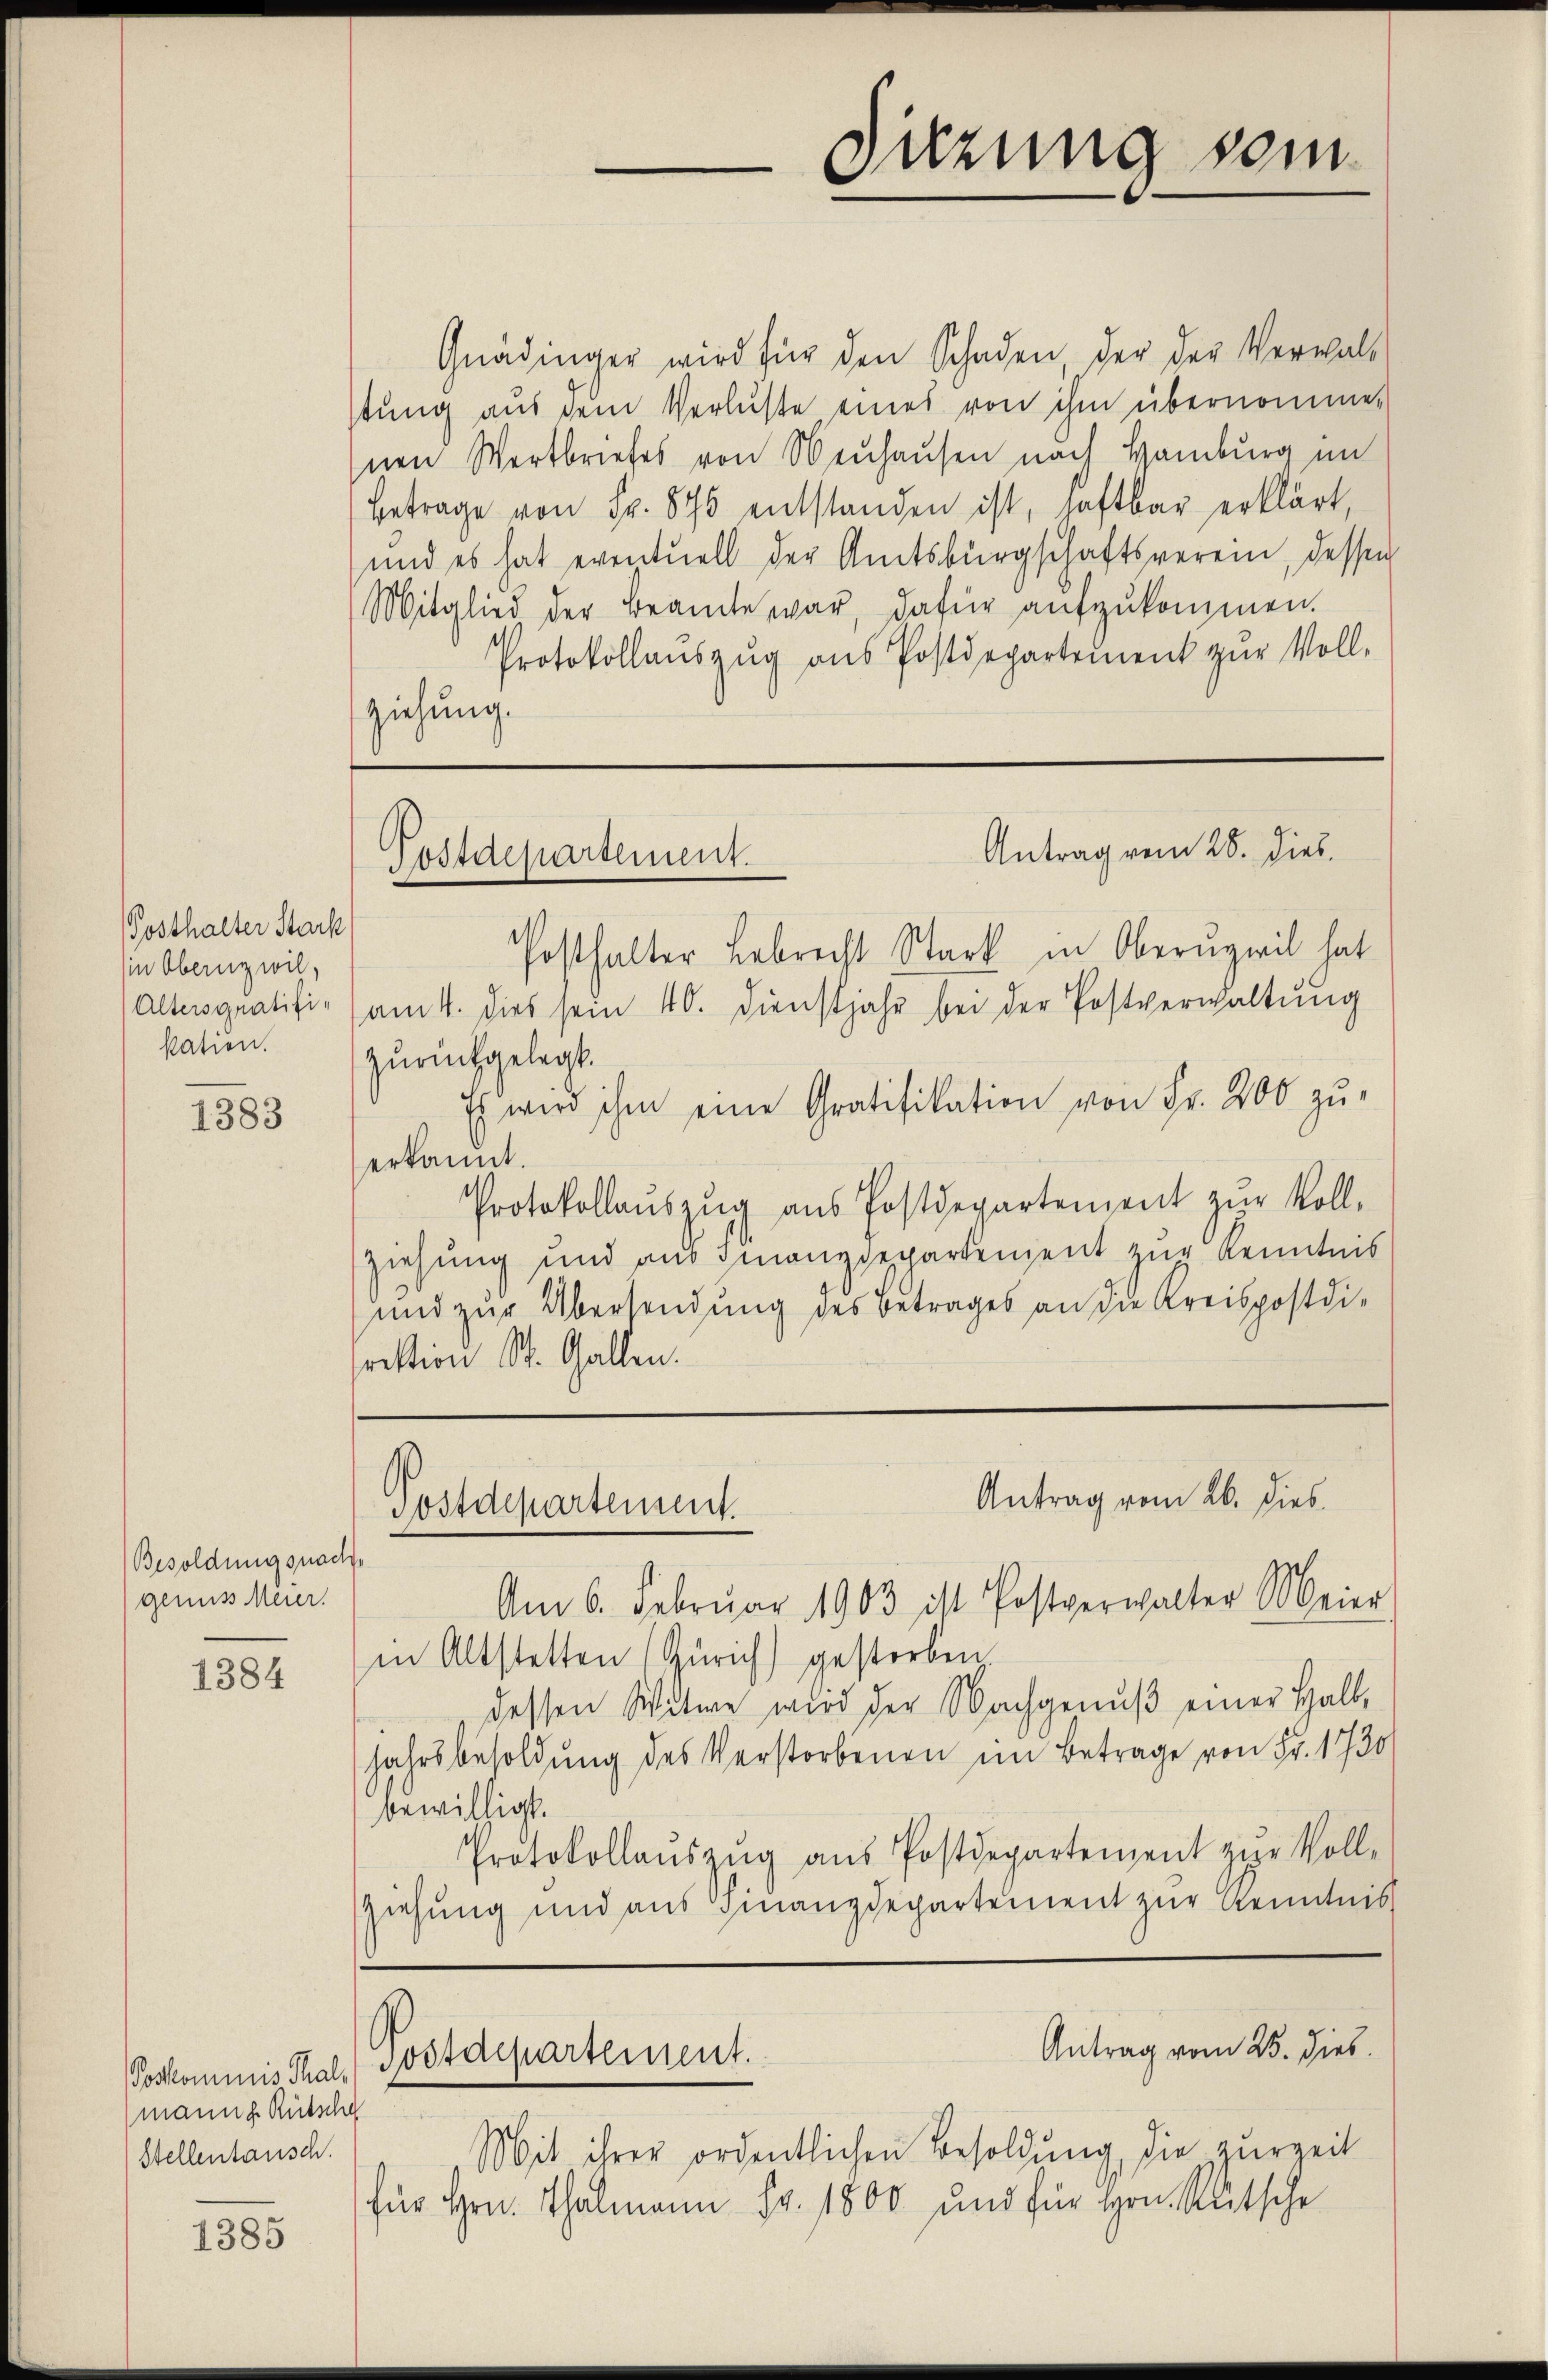
Suzung vom

Gnädinger wird für den Schaden, der der Verwalt
stung aus dem Verluste eines von ihm übernommen
nen Wertbriefes von Neuhausen nach Hamburg im
Betrage von Fr. 870 entstanden ist, haftbar erklärt,
und es hat eventuell der Amtsbürgschaftsverein, dessen
Mitglied der Beamte war, dafür aŭfzŭkommen.
Protokollaŭszŭg ans Postdepartement zŭr Voll-
ziehung.

Antrag vom 28. Dies
Postdepartement.

Posthalter Lebrecht Stark in Oberngwil hat
am 4. dies sein 40. Dienstjahr bei der Postverwaltung
zurückgelegt.
Es wird ihm eine Gratifikation von Fr. 200 zu-
erkannt.
Protokollaŭszŭg aŭs Postdepartement zŭr Voll-
ziehung und aus Finanzdepartement zur Kenntnis
und zur Übersendung des Betrages an die Kreispostdifrestion St. Gallen.

Posthalter Stack
in Obernz wil,
Altersgratifi-
kation.

1383

Antrag vom 26. dies
Postdepartement.

s
Am 6. Februar 1903 ist Postverwalter Meier
in Altstetten Zürich) gestorben
dessen Witwe wird der Nachgenuß einer Halt,
Jahrsbesoldung des Verstorbenen im Betrage von Fr. 1730
bewilligt.
Protokollaŭszŭg aŭs Postdepartement zŭr Voll-
ziehung und aus Finanzdepartement zur Kenntnis
Antrag vom 25. dies
Svétarpartement.
Mit ihrer ordentlichen Besoldung, die zurzeit
für Hrn. Thalmann Fr. 1800 und für Hrn. Rutsche

Besoldungsnach
genuss Meier.

1384

Poskommnis Thal,
mann g. Rutscha
Stellentausch.

1385